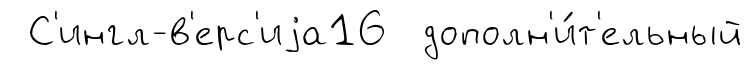
С'ингл-в'ерс'иjа16 дополн'и́т'ельный